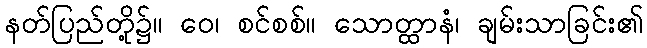
နတ်ပြည်တို့၌။ ဝေ၊ စင်စစ်။ သောတ္ထာနံ၊ ချမ်းသာခြင်း၏